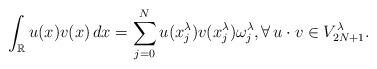
LaTeX: \begin{align*}\int_{\mathbb R}u(x) v(x)\, dx =\sum_{j=0}^N u(x_j^\lambda)v(x_j^\lambda) \omega_j^\lambda,\forall\, u\cdot v\in V_{2N+1}^\lambda.\end{align*}